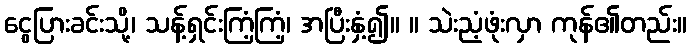
ငွေပြားခင်းသို့၊ သန့်ရှင်းကြံ့ကြံ့၊ အပြီးနှံ့၍။ ။ သဲးညံ့ဖုံးလှာ ကုန်၏တည်း။